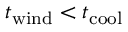
t _ { \mathrm { w i n d } } < t _ { \mathrm { c o o l } }